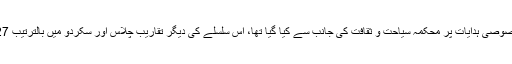
تقریب کا انعقاد وزیر اعلی گلگت بلتستان اور چیف سیکریٹری گلگت بلتستان ڈاکٹر کاظم نیاز کی خصوصی ہدایات پر محکمہ سیاحت و ثقافت کی جانب سے کیا گیا تھا، اس سلسلے کی دیگر تقاریب چلاس اور سکردو میں بالترتیب 27اکتوبر اور29اکتوبر کو منعقد ہونے جا رہی ہیں جس کے لیے انتظامات مکمل کر لیئے گئے ہیں۔